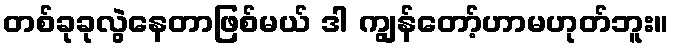
တစ်ခုခုလွဲနေတာဖြစ်မယ် ဒါ ကျွန်တော့်ဟာမဟုတ်ဘူး။